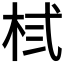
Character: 𪲃